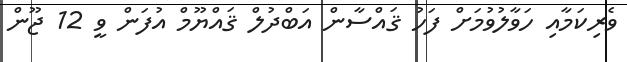
ވެރިކަމާއި ހަވާލުވުމަށް ފަހު ޤައްސާން އަބްދުލް ޤައްޔޫމް އުފަން ވީ 12 ޖޫން